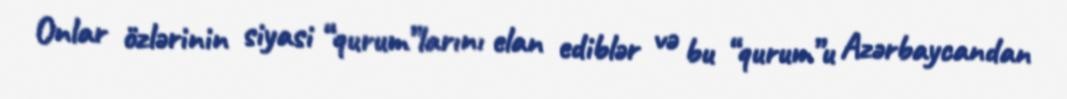
Onlar özlərinin siyasi “qurum”larını elan ediblər və bu “qurum”u Azərbaycandan